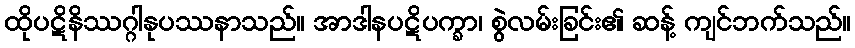
ထိုပဋိနိဿဂ္ဂါနုပဿနာသည်။ အာဒါနပဋိပက္ခာ၊ စွဲလမ်းခြင်း၏ ဆန့် ကျင်ဘက်သည်။